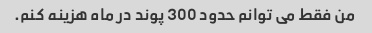
من فقط می توانم حدود 300 پوند در ماه هزینه کنم.